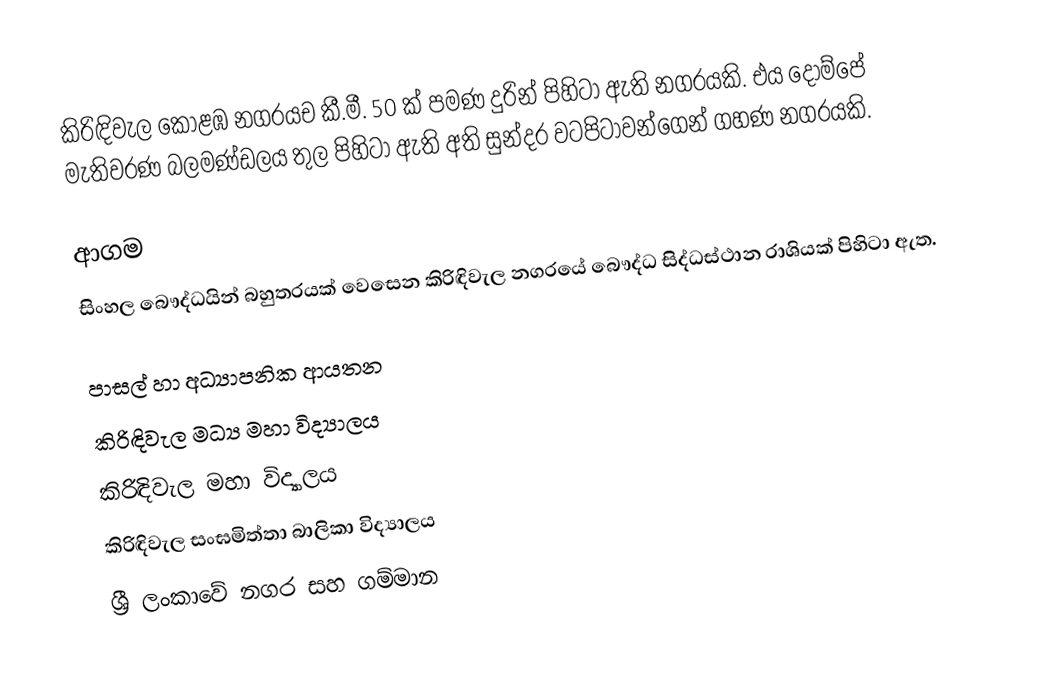
කිරිඳිවැල කොළඹ නගරයච කී.මී. 50 ක් පමණ දුරින් පිහිටා ඇති නගරයකි. එය දොම්පේ මැතිවරණ බලමණ්ඩලය තුල පිහිටා ඇති අති සුන්දර වටපිටාවන්ගෙන් ගහණ නගරයකි.

ආගම
සිංහල බෞද්ධයින් බහුතරයක් වෙසෙන කිරිඳිවැල නගරයේ බෞද්ධ සිද්ධස්ථාන රාශියක් පිහිටා ඇත.

පාසල් හා අධ්‍යාපනික ආයතන
කිරිඳිවැල මධ්‍ය මහා විද්‍යාලය
කිරිඳිවැල මහා විද්‍යාලය
කිරිඳිවැල සංඝමිත්තා බාලිකා විද්‍යාලය
ශ්‍රී ලංකාවේ නගර සහ ගම්මාන